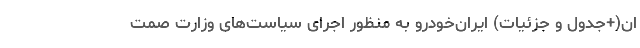
ان(+جدول و جزئیات) ایران‌خودرو به منظور اجرای سیاست‌های وزارت صمت